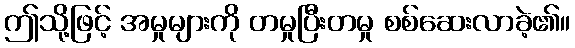
ဤသို့ဖြင့် အမှုများကို တမှုပြီးတမှု စစ်ဆေးလာခဲ့၏။